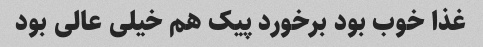
غذا خوب بود برخورد پیک هم خیلی عالی بود